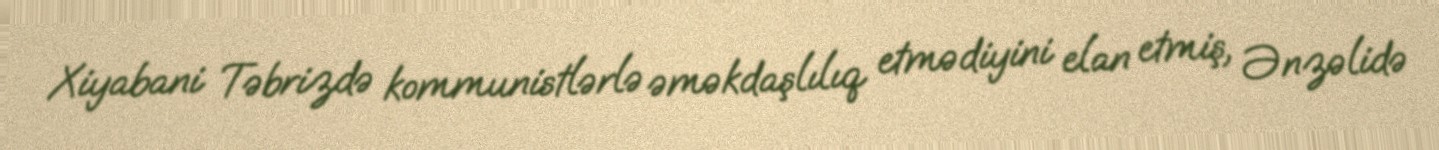
Xiyabani Təbrizdə kommunistlərlə əməkdaşlılıq etmədiyini elan etmiş, Ənzəlidə